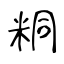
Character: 粡